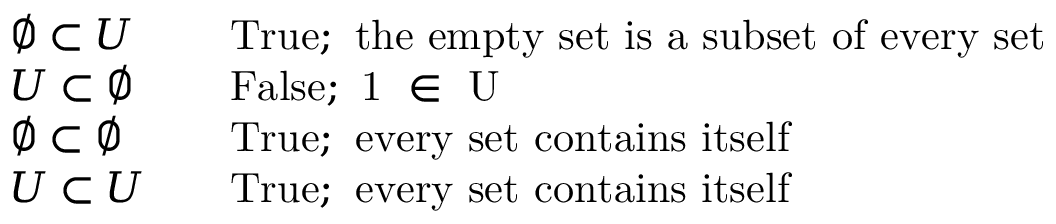
\begin{array} { r l r l } & { \emptyset \subset U } & & { \mathrm { T r u e ; ~ t h e ~ e m p t y ~ s e t ~ i s ~ a ~ s u b s e t ~ o f ~ e v e r y ~ s e t } } \\ & { U \subset \emptyset } & & { \mathrm { F a l s e ; ~ 1 ~ \in ~ U ~ } } \\ & { \emptyset \subset \emptyset } & & { \mathrm { T r u e ; ~ e v e r y ~ s e t ~ c o n t a i n s ~ i t s e l f } } \\ & { U \subset U } & & { \mathrm { T r u e ; ~ e v e r y ~ s e t ~ c o n t a i n s ~ i t s e l f } } \end{array}